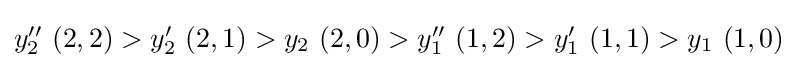
{\textstyle y_{2}^{\prime \prime }\ (2,2)>y_{2}^{\prime }\ (2,1)>y_{2}\ (2,0)>y_{1}^{\prime \prime }\ (1,2)>y_{1}^{\prime }\ (1,1)>y_{1}\ (1,0)}